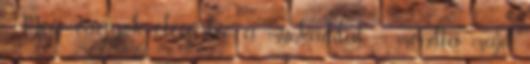
- Meg vagyok elégedve a munkáddal. – mondta majd